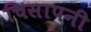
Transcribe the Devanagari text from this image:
चिसापनी